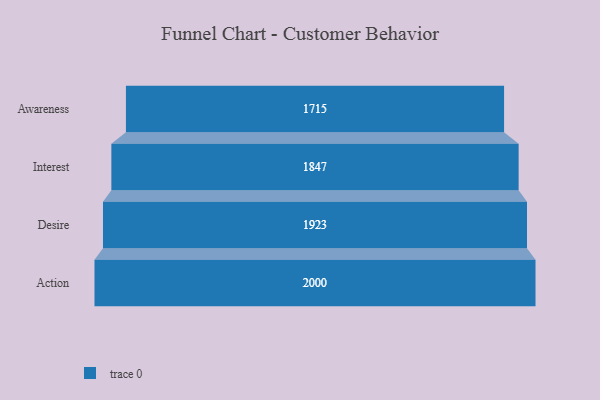
{"axis": {"x": "Stage", "y": "Value"}, "legend": [""], "data": [{"x": "Awareness", "y": 1715.0, "type": ""}, {"x": "Interest", "y": 1847.0, "type": ""}, {"x": "Desire", "y": 1923.0, "type": ""}, {"x": "Action", "y": 2000, "type": ""}]}